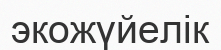
экожүйелік